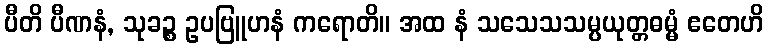
ပီတိ ပီဏနံ, သုခဉ္စ ဥပဗြူဟနံ ကရောတိ။ အထ နံ သသေသသမ္ပယုတ္တဓမ္မံ ဧတေဟိ